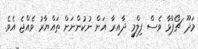
މަދޫ ޗޯޕްޅާ ވެސް ފިލްމީ ދާއިރާ އަށް ނުކުންނަށް ތައްޔާރު ވެއްޖެ އެވެ.